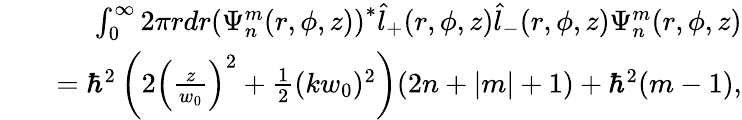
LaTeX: \begin{array}{rlr}&{}&{\int_{0}^{\infty}2\pi rdr\left(\Psi_{n}^{m}(r,\phi,z)\right)^{*}\hat{l}_{+}(r,\phi,z)\hat{l}_{-}(r,\phi,z)\Psi_{n}^{m}(r,\phi,z)}\\ &{}&{=\hbar^{2}\left(2\left(\frac{z}{w_{0}}\right)^{2}+\frac{1}{2}(kw_{0})^{2}\right)(2n+|m|+1)+\hbar^{2}(m-1),}\end{array}